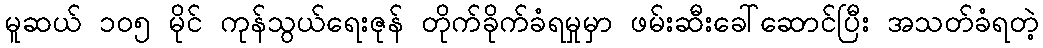
မူဆယ် ၁၀၅ မိုင် ကုန်သွယ်ရေးဇုန် တိုက်ခိုက်ခံရမှုမှာ ဖမ်းဆီးခေါ်ဆောင်ပြီး အသတ်ခံရတဲ့